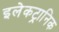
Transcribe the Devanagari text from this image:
इलेकट्रानिक